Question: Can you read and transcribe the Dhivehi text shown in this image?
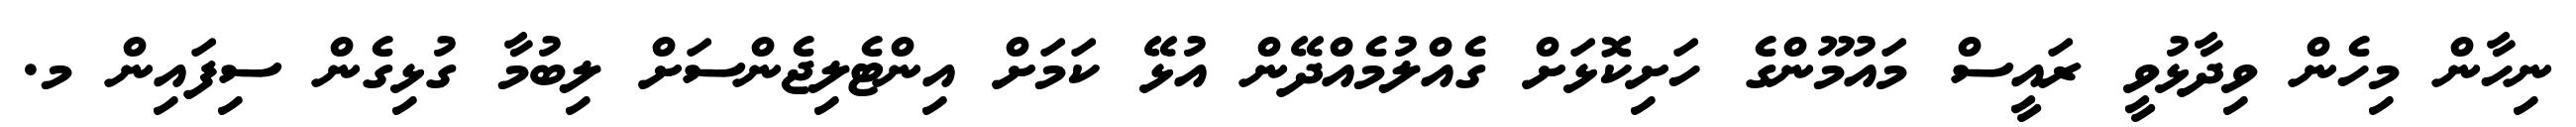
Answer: ނިހާން މިހެން ވިދާޅުވީ ރައީސް މައުމޫންގެ ހަށިކޮޅަށް ގެއްލުމެއްދޭން އުޅޭ ކަމަށް އިންޓެލިޖެންސަށް ލިބުމާ ގުޅިގެން ސިފައިން މ.